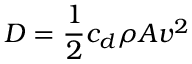
D = { \frac { 1 } { 2 } } c _ { d } \rho A v ^ { 2 }